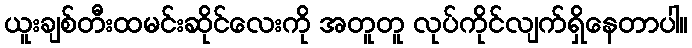
ယူးချစ်တီးထမင်းဆိုင်လေးကို အတူတူ လုပ်ကိုင်လျက်ရှိနေတာပါ။